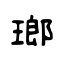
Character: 瑯